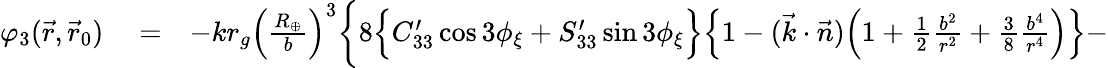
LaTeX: \begin{array}{rlr}{\varphi_{3}(\vec{r},\vec{r}_{0})}&{{}=}&{-kr_{g}\Big(\frac{R_{\oplus}}{b}\Big)^{3}\bigg\{ 8\Big\{ C_{33}^{\prime}\cos 3\phi_{\xi}+S_{33}^{\prime}\sin 3\phi_{\xi}\Big\} \Big\{ 1-(\vec{k}\cdot\vec{n})\Big(1+{\textstyle\frac{1}{2}}\frac{b^{2}}{r^{2}}+{\textstyle\frac{3}{8}}\frac{b^{4}}{r^{4}}\Big)\Big\} -}\end{array}